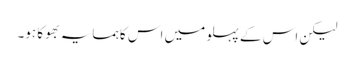
لیکن اس کے پہلو میں اس کا ہمسایہ بھوکا ہو۔